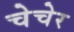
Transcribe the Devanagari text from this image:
चेचेर